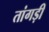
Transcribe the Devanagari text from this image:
तांगड़ी